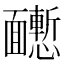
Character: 𩉒